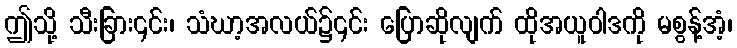
ဤသို့ သီးခြား၎င်း၊ သံဃာ့အလယ်၌၎င်း ပြောဆိုလျက် ထိုအယူဝါဒကို မစွန့်အံ့၊